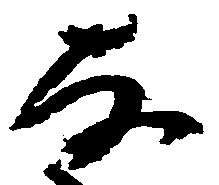
な